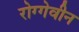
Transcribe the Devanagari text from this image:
रोग्गेवीन